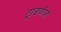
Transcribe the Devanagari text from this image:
ट्राइपोज